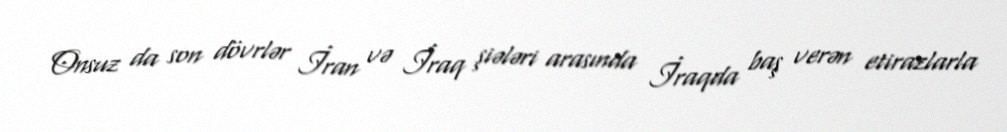
Onsuz da son dövrlər İran və İraq şiələri arasında İraqda baş verən etirazlarla